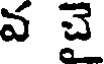
వ చై